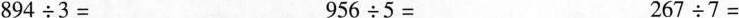
$$894÷3=$$ $$956÷5=$$ $$267÷7=$$